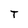
Character: T